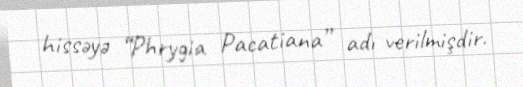
hissəyə “Phrygia Pacatiana” adı verilmişdir.